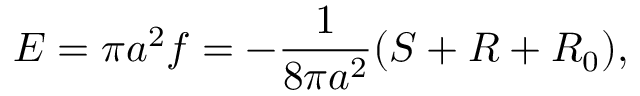
{ \cal E } = \pi a ^ { 2 } f = - { \frac { 1 } { 8 \pi a ^ { 2 } } } ( S + R + R _ { 0 } ) ,